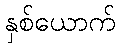
နှစ်ယောက်